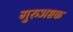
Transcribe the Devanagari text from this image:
गुरुअष्टक